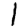
Digit: 1